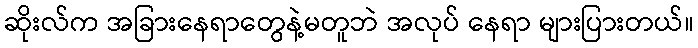
ဆိုးလ်က အခြားနေရာတွေနဲ့မတူဘဲ အလုပ် နေရာ များပြားတယ်။